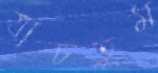
যাচতুম